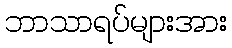
ဘာသာရပ်များအား